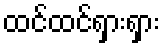
ထင်ထင်ရှားရှား